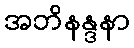
အဘိနန္ဒနာ